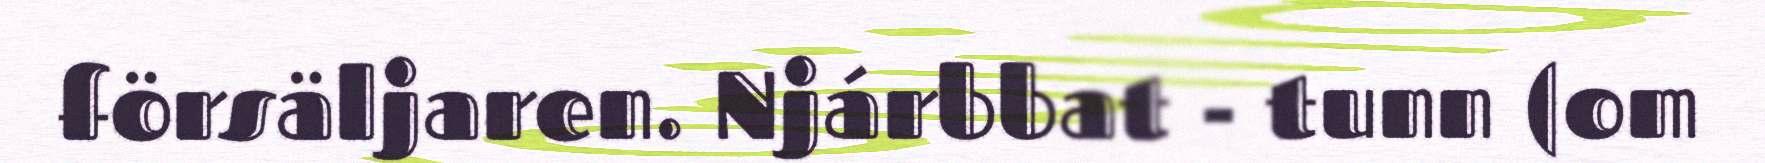
försäljaren. Njárbbat - tunn (om